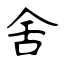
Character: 舍